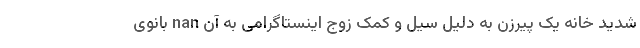
شدید خانه یک پیرزن به دلیل سیل و کمک زوج اینستاگرامی به آن nan بانوی